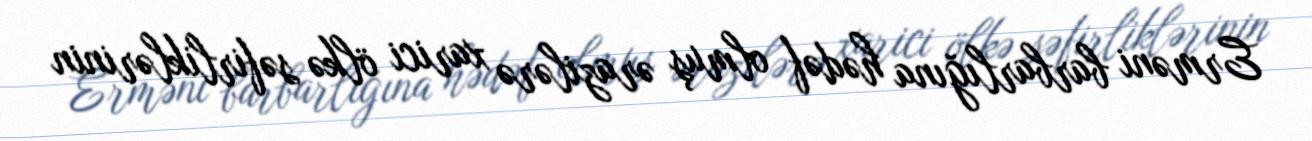
Erməni barbarlığına hədəf olmuş ərazilərə xarici ölkə səfirliklərinin